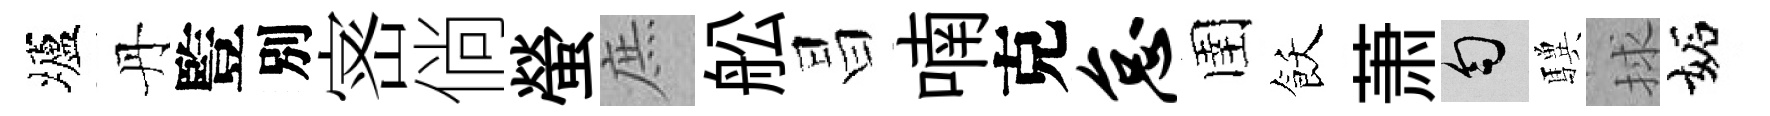
壚丹䜿別宻倘螢庶舩昌喃克怠圉飫萧匀驥捄妬